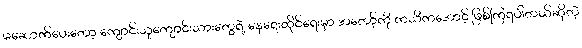
မဆောက်ပေးတော့ ကျောင်းသူကျောင်းသားတွေရဲ့ နေရေးထိုင်ရေးမှာ အတော့်ကို ကသိကအောင့် ဖြစ်ကြရပါတယ်ဆိုတဲ့